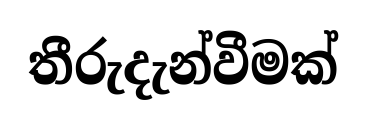
තීරුදැන්වීමක්